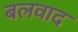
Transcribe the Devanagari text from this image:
बलवाद